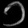
Digit: ၁